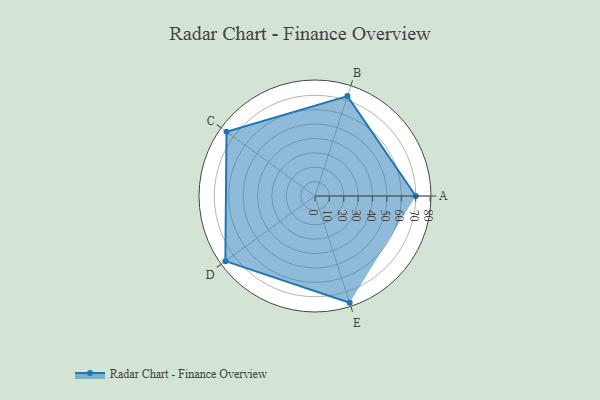
{"axis": {"x": "Skill", "y": "Score"}, "legend": ["Profile"], "data": [{"x": "A", "y": 70.0, "type": "Profile"}, {"x": "B", "y": 73.0, "type": "Profile"}, {"x": "C", "y": 76.0, "type": "Profile"}, {"x": "D", "y": 77.0, "type": "Profile"}, {"x": "E", "y": 78.0, "type": "Profile"}]}